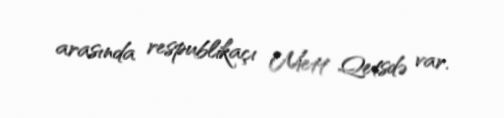
arasında respublikaçı Mett Qetsdə var.